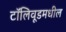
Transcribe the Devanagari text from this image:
टॉलिवूडमधील